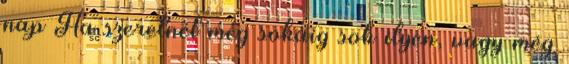
nap Ha szeretnél még sokáig sok ilyen, vagy még